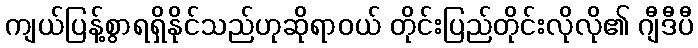
ကျယ်ပြန့်စွာရရှိနိုင်သည်ဟုဆိုရာဝယ် တိုင်းပြည်တိုင်းလိုလို၏ ဂျီဒီပီ